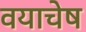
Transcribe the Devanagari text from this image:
वयाचेष